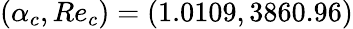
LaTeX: (\alpha_{c},Re_{c})=(1.0109,3860.96)